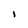
Character: l